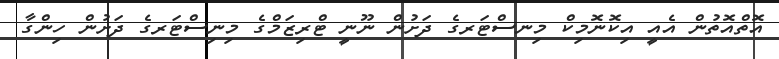
އޮތްއޮތުން އެއީ އިކޮނޮމިކް މިނސްޓަރގެ ދަށުން ނޫނީ ޓްރިޒަމްގެ މިނިސްޓަރގެ ދަށުން ހިންގާ